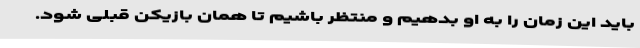
باید این زمان را به او بدهیم و منتظر باشیم تا همان بازیکن قبلی شود.